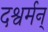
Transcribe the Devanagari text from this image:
दश्वर्मन्‌